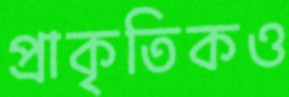
প্রাকৃতিকও